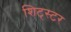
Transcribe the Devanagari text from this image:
शिट्स्टर